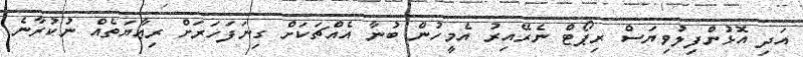
އަދި އޮޅުންފިލުވިޔަސް ރިޕޯޓް ނެރޭއިރު އެމީހުން ބުނާ އެއްޗަކަށް ގިނަފަހަރަށް ރިޢާޔަތެއް ނުކުރާނެ.